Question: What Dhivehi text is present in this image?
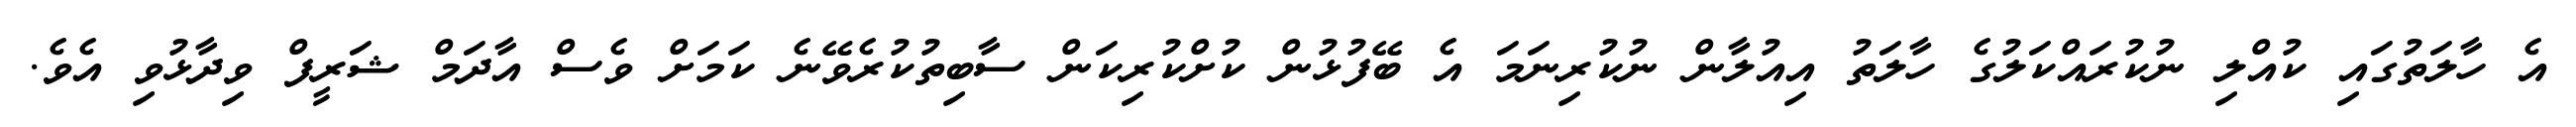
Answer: އެ ހާލަތުގައި ކުއްލި ނުކުރައްކަލުގެ ހާލަތު އިއުލާން ނުކުރިނަމަ އެ ބޭފުޅުން ކުށްކުރިކަން ސާބިތުކުރެވޭނެ ކަމަށް ވެސް އާދަމް ޝަރީފް ވިދާޅުވި އެވެ.